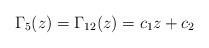
LaTeX: \begin{align*}\Gamma_{5}(z)=\Gamma_{12}(z)=c_{1}z+c_{2} \end{align*}